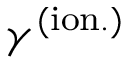
\gamma ^ { ( \mathrm { i o n . } ) }